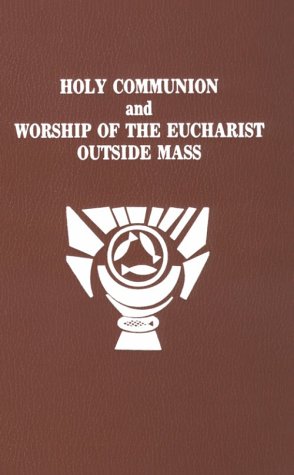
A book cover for Holy Communion and Worship of Eucharist Outside Mass; Catholic Book Publishing Co; Christian Books & Bibles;